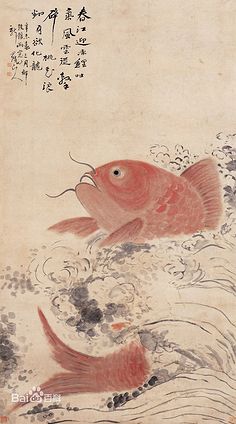
日往菲薇，月来扶疏。